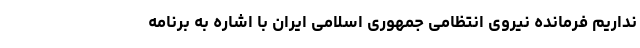
نداریم فرمانده نیروی انتظامی جمهوری اسلامی ایران با اشاره به برنامه